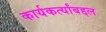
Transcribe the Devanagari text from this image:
कार्यकर्त्यांबद्दल